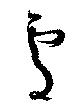
處